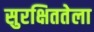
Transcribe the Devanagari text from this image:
सुरक्षिततेला